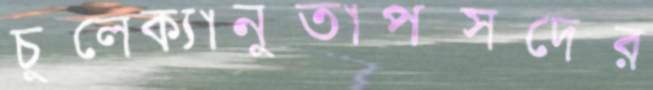
চুলেক্যানুতাপসদের